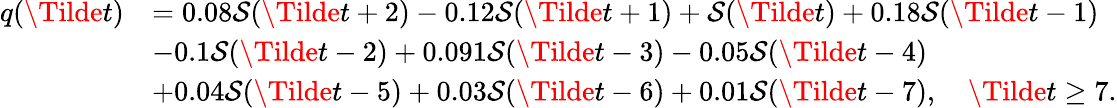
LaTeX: \begin{array}{rl}{q(\Tilde{t})}&{=0.08\mathcal{S}(\Tilde{t}+2)-0.12\mathcal{S}(\Tilde{t}+1)+\mathcal{S}(\Tilde{t})+0.18\mathcal{S}(\Tilde{t}-1)}\\ &{-0.1\mathcal{S}(\Tilde{t}-2)+0.091\mathcal{S}(\Tilde{t}-3)-0.05\mathcal{S}(\Tilde{t}-4)}\\ &{+0.04\mathcal{S}(\Tilde{t}-5)+0.03\mathcal{S}(\Tilde{t}-6)+0.01\mathcal{S}(\Tilde{t}-7),\quad\Tilde{t}\geq 7.}\end{array}